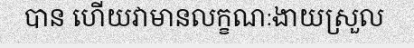
បាន ហើយវាមានលក្ខណៈងាយស្រួល